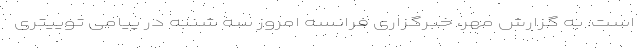
است. به گزارش مهر، خبرگزاری فرانسه امروز سه شنبه در پیامی توییتری